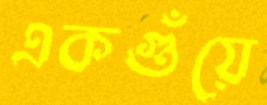
একগুঁয়ে